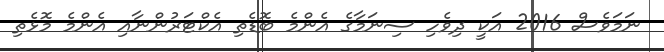
ނަމަވެސް 2016 އަކީ ދިވެހި ސިނަމާގެ އެންމެ ބޮޑެތި އެކްޓަރުންނާއި އެންމެ މޮޅެތި